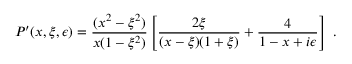
P ^ { \prime } ( x , \xi , \epsilon ) = { \frac { ( x ^ { 2 } - \xi ^ { 2 } ) } { x ( 1 - \xi ^ { 2 } ) } } \left[ { \frac { 2 \xi } { ( x - \xi ) ( 1 + \xi ) } } + { \frac { 4 } { 1 - x + i \epsilon } } \right] \ .